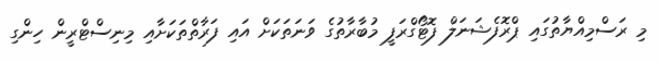
މި ރަސްމިއްޔާތުގައި ޕްރޮފެޝަނަލް ފޮޓޯގްރަފީ މުބާރާތުގެ ވަނަތަކަށް އައި ފަރާތްތަކަށާއި މިނިސްޓްރީން ހިންގި